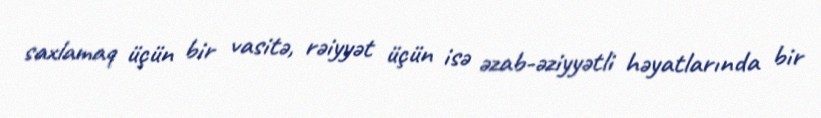
saxlamaq üçün bir vasitə, rəiyyət üçün isə əzab-əziyyətli həyatlarında bir